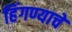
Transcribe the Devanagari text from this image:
हिंगण्याचे